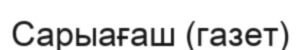
Сарыағаш (газет)